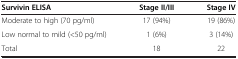
<table><thead><tr><td><b>Survivin ELISA</b></td><td><b>Stage II/III</b></td><td><b>Stage IV</b></td></tr></thead><tbody><tr><td>Moderate to high (70 pg/ml)</td><td>17 (94%)</td><td>19 (86%)</td></tr><tr><td>Low normal to mild (&lt;50 pg/ml)</td><td>1 (6%)</td><td>3 (14%)</td></tr><tr><td>Total</td><td>18</td><td>22</td></tr></tbody></table>